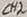
Text: CH2